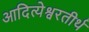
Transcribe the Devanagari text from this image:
आदित्येश्वरतीर्थ